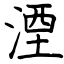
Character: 湮